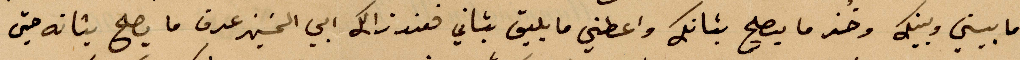
ما بيني وبينك وخذ ما يصلح بنانك واعطني ما يليق بناني فعند ذلك ابى الحسين عرف ما يصلح بتانه حتى